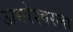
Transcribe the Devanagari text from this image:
अमरेश्वरला